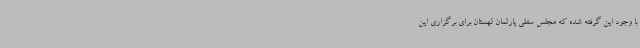
با وجود این گرفته شده که مجلس سفلی پارلمان لهستان برای برگزاری این